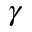
\gamma